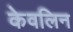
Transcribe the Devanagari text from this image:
केवलिन